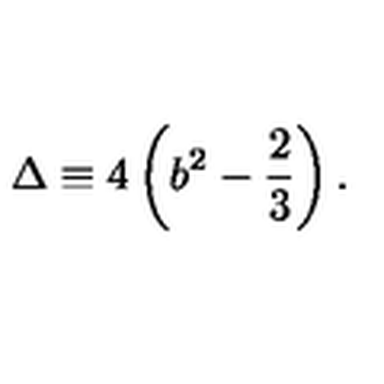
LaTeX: \Delta \equiv 4 \left( b ^ { 2 } - \frac { 2 } { 3 } \right) .